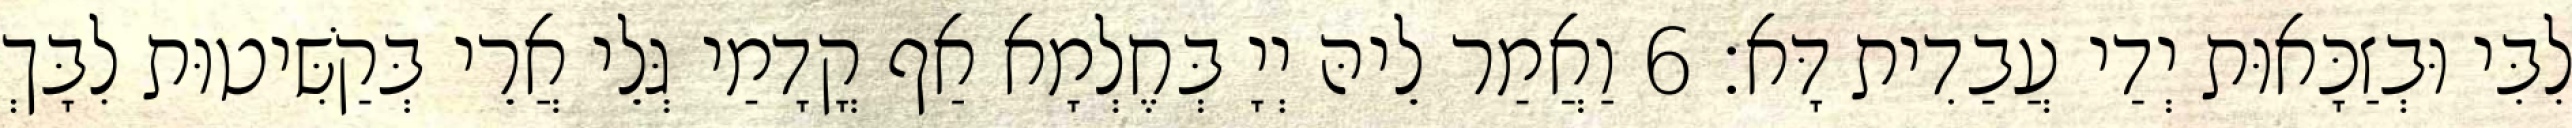
לִבִּי וּבְזַכָּאוּת יְדַי עֲבַדִית דָּא׃ 6 וַאֲמַר לֵיהּ יְיָ בְּחֶלְמָא אַף קֳדָמַי גְּלֵי אֲרֵי בְּקַשִּׁיטוּת לִבָּךְ